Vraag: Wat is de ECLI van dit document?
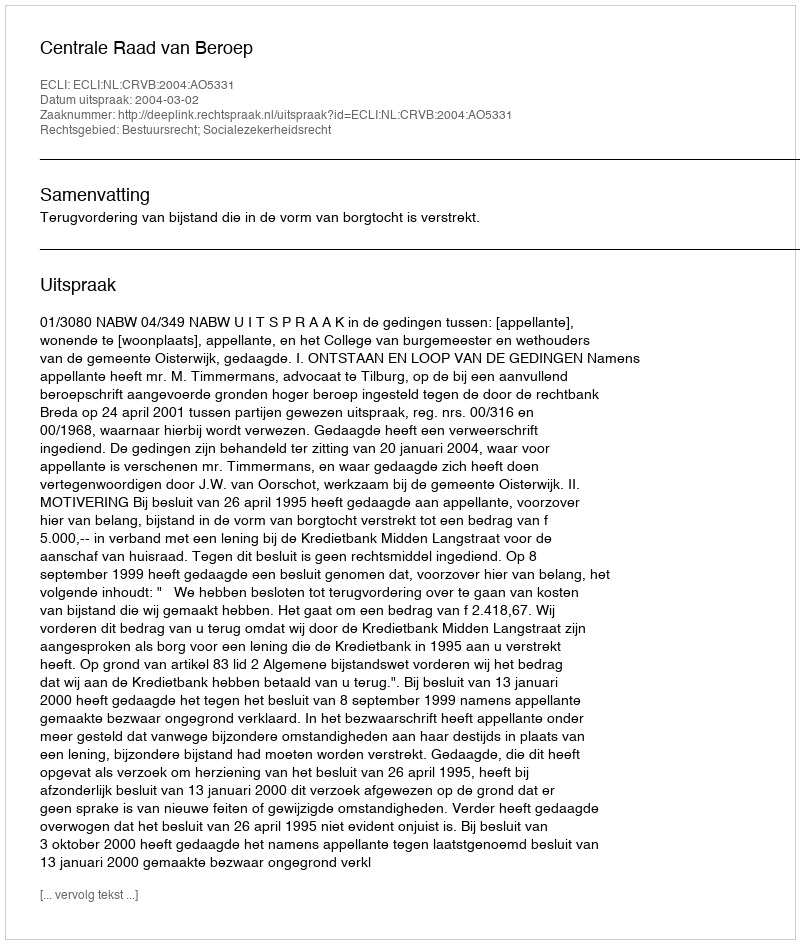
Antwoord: ECLI:NL:CRVB:2004:AO5331